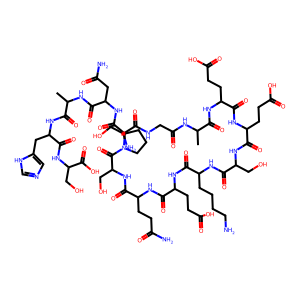
SMILES: CC(NC(=O)CNC(=O)C(N)CO)C(=O)NC(CCC(=O)O)C(=O)NC(CCC(=O)O)C(=O)NC(CO)C(=O)NC(CCCCN)C(=O)NC(CCC(=O)O)C(=O)NC(CCC(N)=O)C(=O)NC(CO)C(=O)N1CCCC1C(=O)NC(CC(N)=O)C(=O)NC(C)C(=O)NC(Cc1cnc[nH]1)C(=O)NC(CO)C(=O)O
Inhibits HIV replication: No